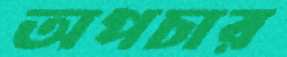
অপচার